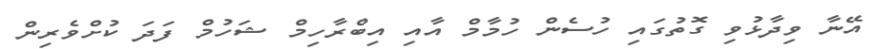
އޭނާ ވިދާޅުވި ގޮތުގައި ހުސެން ހުމާމް އާއި އިބްރާހިމް ޝަހުމް ފަދަ ކުށްވެރިން